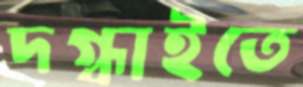
দগ্ধাইতে